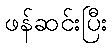
ဖန်ဆင်းပြီး